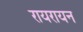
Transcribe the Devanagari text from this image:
रायरायन